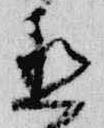
直